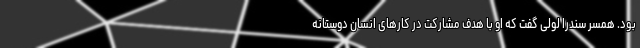
بود. همسر سندرا لولی گفت که او با هدف مشارکت در کارهای انسان دوستانه